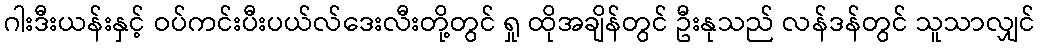
ဂါးဒီးယန်းနှင့် ဝပ်ကင်းပီးပယ်လ်ဒေးလီးတို့တွင် ရှု ထိုအချိန်တွင် ဦးနုသည် လန်ဒန်တွင် သူသာလျှင်